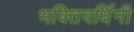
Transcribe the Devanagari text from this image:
भक्तिवर्धिनी